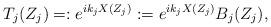
LaTeX: \begin{align*}T_{j}(Z_{j})=:e^{ik_{j}X(Z_{j})}:=e^{ik_{j}X(Z_{j})}B_{j}(Z_{j}),\end{align*}